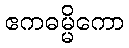
ဧကဓမ္မိကော